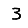
Digit: 3